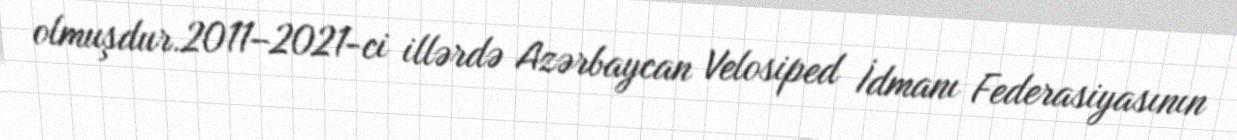
olmuşdur.2011–2021-ci illərdə Azərbaycan Velosiped İdmanı Federasiyasının